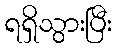
ရရှိသွားပြီး